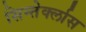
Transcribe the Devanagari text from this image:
सिन्तेर्क्लास